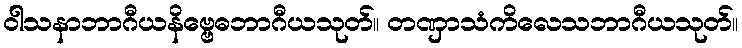
ဝါသနာဘာဂီယနိဗ္ဗေဓဘာဂီယသုတ်။ တဏှာသံကိလေသဘာဂီယသုတ်။